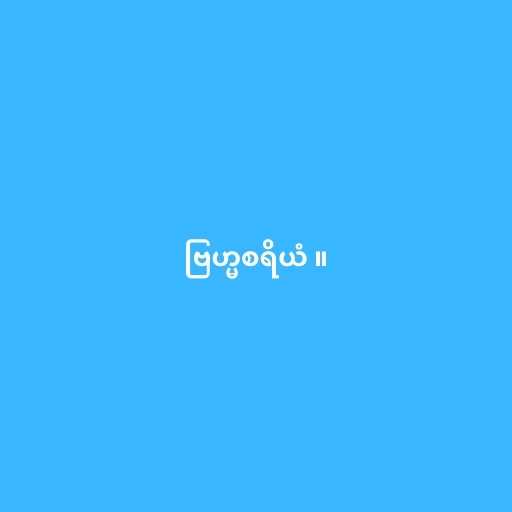
ဗြဟ္မစရိယံ ။